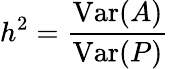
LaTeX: h^{2}={\frac{\mathrm{Var}(A)}{\mathrm{Var}(P)}}